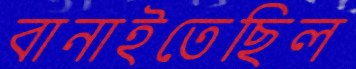
বানাইতেছিল